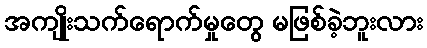
အကျိုးသက်ရောက်မှုတွေ မဖြစ်ခဲ့ဘူးလား